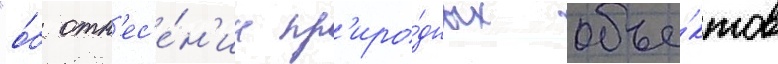
"о́б отн'ес'е́н'ии пр'иро́дных объе́ктов